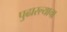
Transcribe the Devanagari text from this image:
पुढारल्याचा